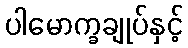
ပါမောက္ခချုပ်နှင့်